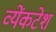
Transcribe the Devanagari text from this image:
व्येंकटेश